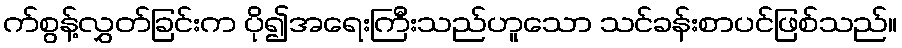
က်စွန့်လွှတ်ခြင်းက ပို၍အရေးကြီးသည်ဟူသော သင်ခန်းစာပင်ဖြစ်သည်။